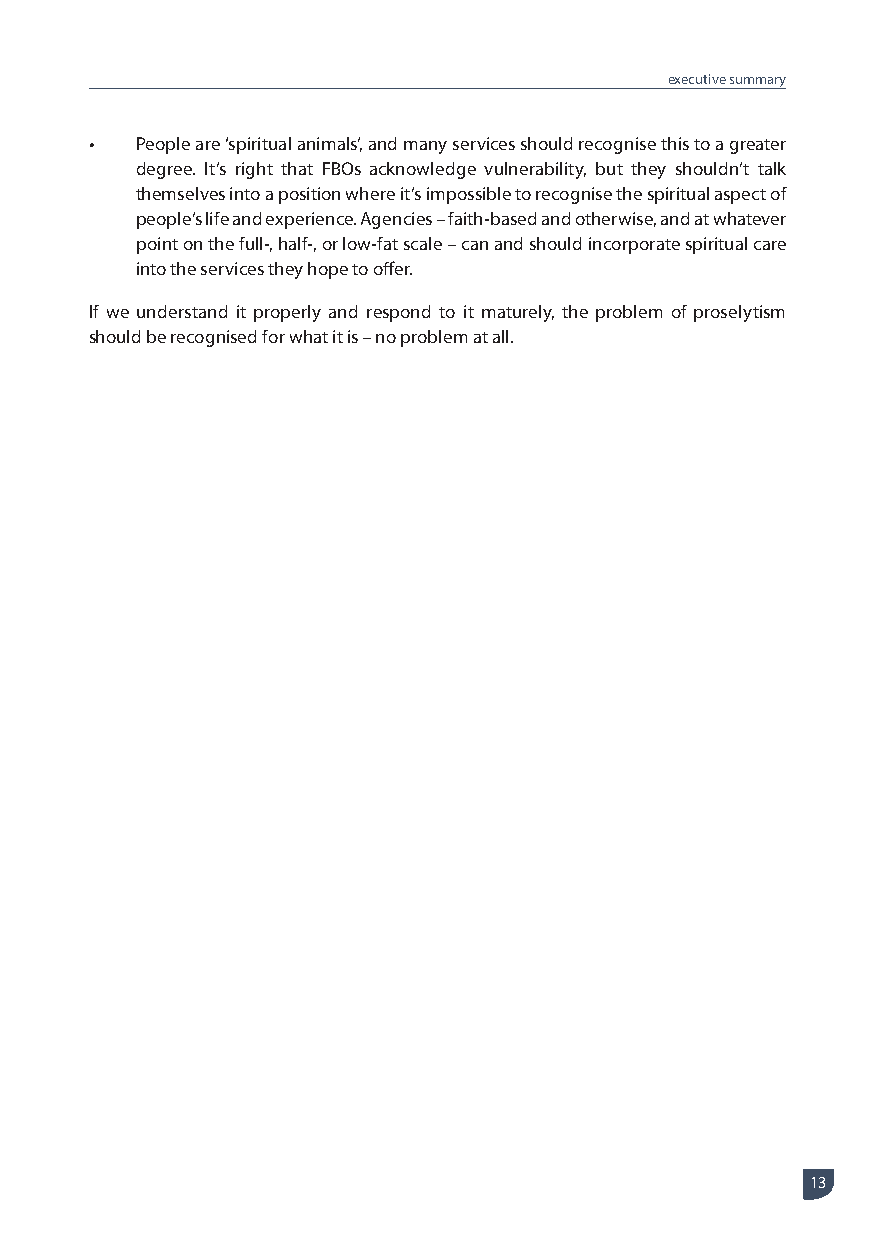
executive summary
 •  People are ‘spiritual animals’, and many services should recognise this to a greater
 degree. It’s right that FBOs acknowledge vulnerability, but they shouldn’t talk
 themselves into a position where it’s impossible to recognise the spiritual aspect of
 people’s life and experience. Agencies – faith-based and otherwise, and at whatever
 point on the full-, half-, or low-fat scale – can and should incorporate spiritual care
 into the services they hope to offer.
 If we understand it properly and respond to it maturely, the problem of proselytism
 should be recognised for what it is – no problem at all.
 13